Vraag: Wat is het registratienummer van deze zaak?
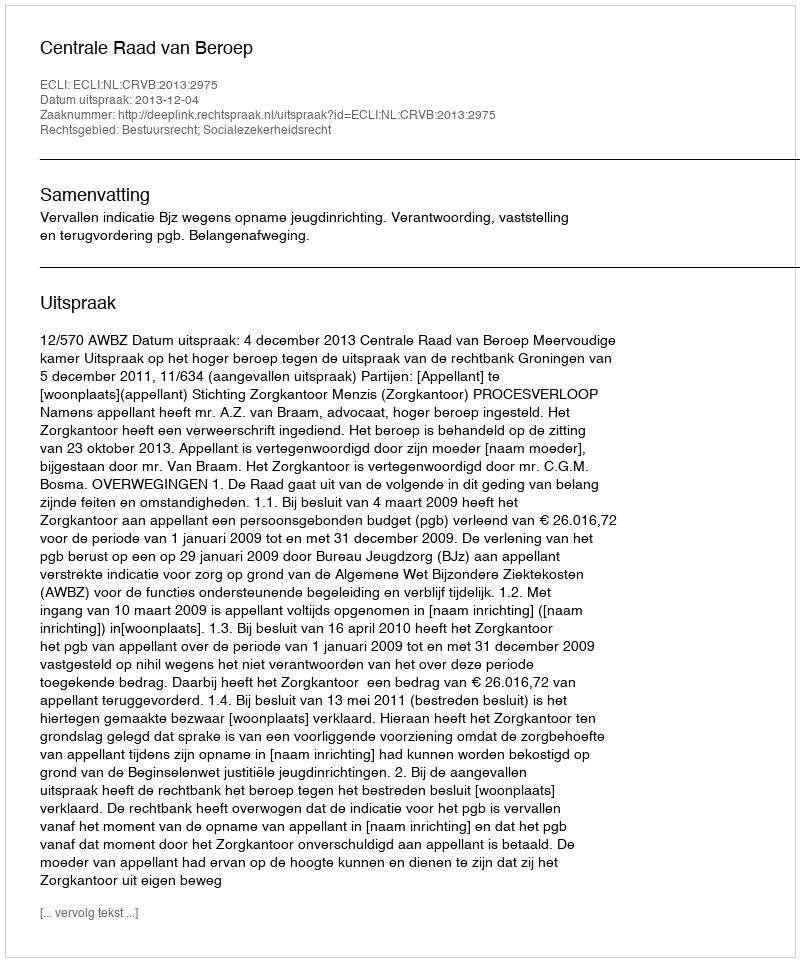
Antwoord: http://deeplink.rechtspraak.nl/uitspraak?id=ECLI:NL:CRVB:2013:2975